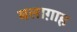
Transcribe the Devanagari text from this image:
बलाग़ाह